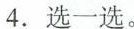
4.选一选。